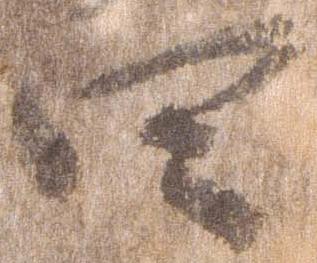
四